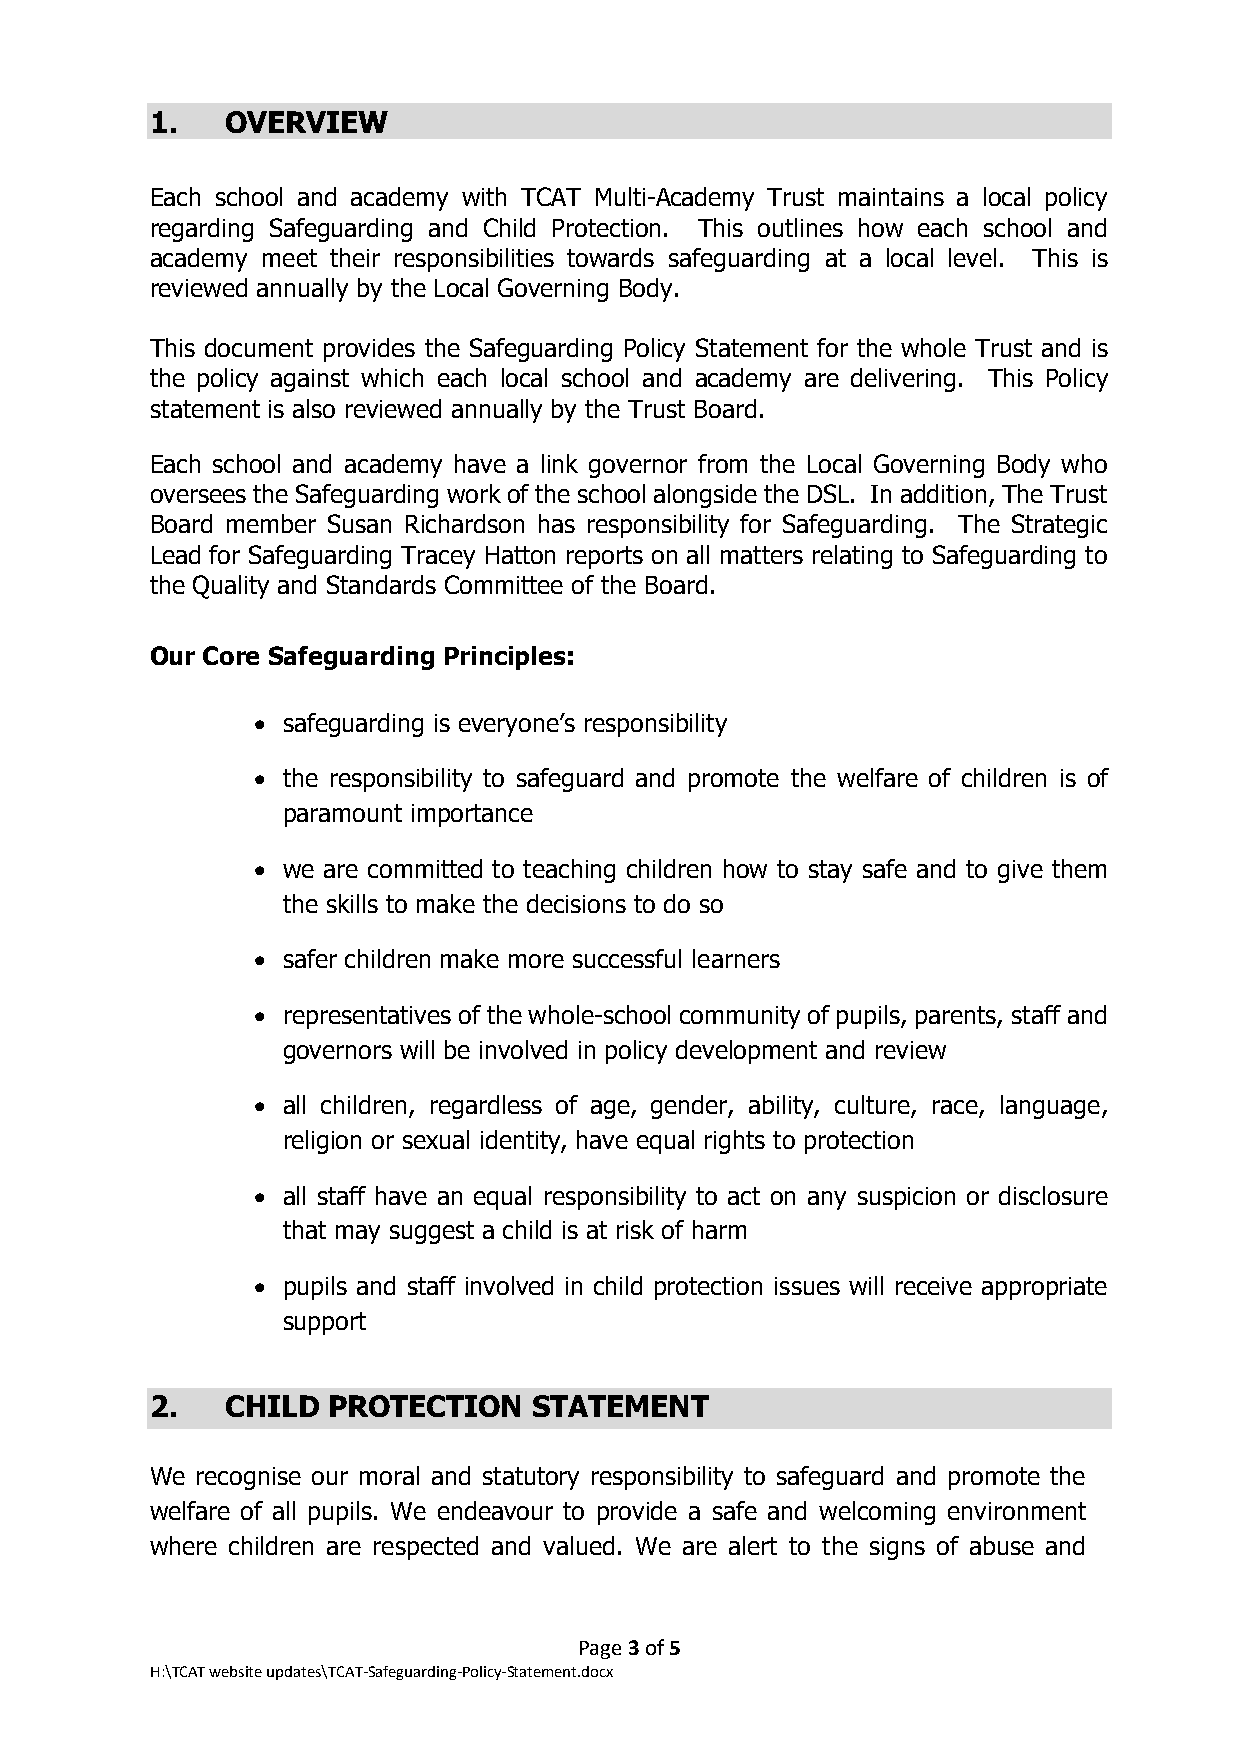
1.   OVERVIEW
 Each school and academy with TCAT Multi-Academy Trust maintains a local policy
 regarding Safeguarding and Child Protection. This outlines how each school and
 academy meet their responsibilities towards safeguarding at a local level. This is
 reviewed annually by the Local Governing Body.
 This document provides the Safeguarding Policy Statement for the whole Trust and is
 the policy against which each local school and academy are delivering. This Policy
 statement is also reviewed annually by the Trust Board.
 Each school and academy have a link governor from the Local Governing Body who
 oversees the Safeguarding work of the school alongside the DSL. In addition, The Trust
 Board member Susan Richardson has responsibility for Safeguarding. The Strategic
 Lead for Safeguarding Tracey Hatton reports on all matters relating to Safeguarding to
 the Quality and Standards Committee of the Board.
 Our Core Safeguarding Principles:
 • safeguarding is everyone’s responsibility
 • the responsibility to safeguard and promote the welfare of children is of
 paramount importance
 • we are committed to teaching children how to stay safe and to give them
 the skills to make the decisions to do so
 • safer children make more successful learners
 • representatives of the whole-school community of pupils, parents, staff and
 governors will be involved in policy development and review
 • all children, regardless of age, gender, ability, culture, race, language,
 religion or sexual identity, have equal rights to protection
 • all staff have an equal responsibility to act on any suspicion or disclosure
 that may suggest a child is at risk of harm
 • pupils and staff involved in child protection issues will receive appropriate
 support
 2.   CHILD  PROTECTION   STATEMENT
 We recognise our moral and statutory responsibility to safeguard and promote the
 welfare of all pupils. We endeavour to provide a safe and welcoming environment
 where children are respected and valued. We are alert to the signs of abuse and
 Page 3 of 5
 H:\TCAT website updates\TCAT-Safeguarding-Policy-Statement.docx